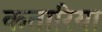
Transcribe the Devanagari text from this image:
कतारिया